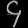
Digit: ၄